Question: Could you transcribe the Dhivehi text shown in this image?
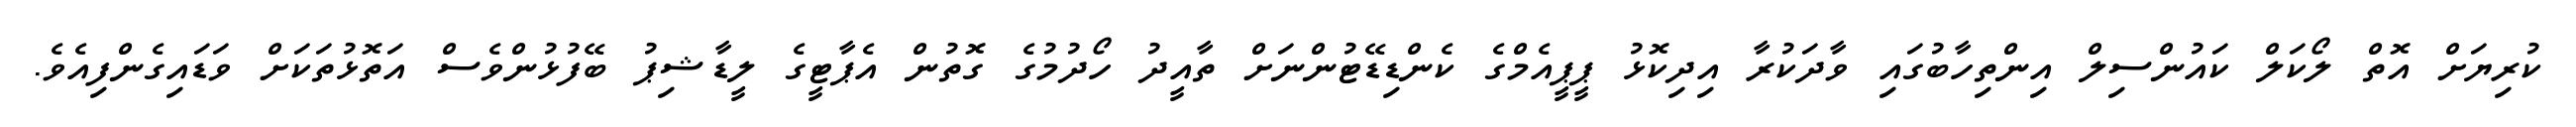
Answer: ކުރިޔަށް އޮތް ލޯކަލް ކައުންސިލް އިންތިހާބުގައި ވާދަކުރާ އިދިކޮޅު ޕީޕީއެމްގެ ކެންޑިޑޭޓުންނަށް ތާއީދު ހޯދުމުގެ ގޮތުން އެޕާޓީގެ ލީޑާޝިޕު ބޭފުޅުންވެސް އަތޮޅުތަކަށް ވަޑައިގެންފިއެވެ.